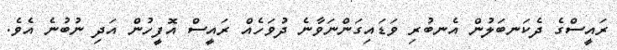
ރައީސްގެ ދެކަނބަލުން އެނބުރި ވަޑައިގަންނަވާނެ ދުވަހެއް ރައީސް އޮފީހުން އަދި ނުބުނެ އެވެ.